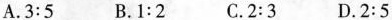
A.3:5 B.1:2 C.2:3 D.2:5